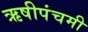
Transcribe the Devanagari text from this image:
ऋषीपंचमी